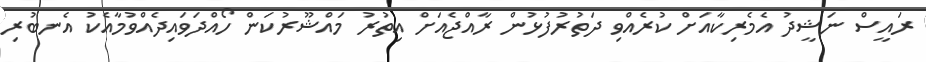
ރައީސް ނަޝީދު އެމެރިކާއަށް ކުރެއްވި ދަތުރުފުޅުން ރާއްޖެއަށް އިތުރު މައްޝޫރުކަން ހޯއްދަވައިދެއްވުމާއެކު އެނބުރި